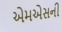
એમએસની